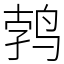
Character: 鹁